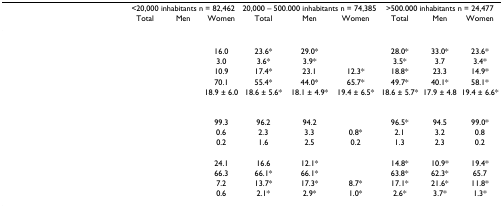
<table><thead><tr><td>[EMPTY_CELL]</td><td colspan="3"><b>&lt;20,000 inhabitants n = 82,462</b></td><td colspan="3"><b>20,000 – 500.000 inhabitants n = 74,385</b></td><td colspan="3"><b>&gt;500.000 inhabitants n = 24,477</b></td></tr><tr><td>[EMPTY_CELL]</td><td><b>Total</b></td><td><b>Men</b></td><td><b>Women</b></td><td><b>Total</b></td><td><b>Men</b></td><td><b>Women</b></td><td><b>Total</b></td><td><b>Men</b></td><td><b>Women</b></td></tr></thead><tbody><tr><td>[EMPTY_CELL]</td><td>[EMPTY_CELL]</td><td>[EMPTY_CELL]</td><td>[EMPTY_CELL]</td><td>[EMPTY_CELL]</td><td>[EMPTY_CELL]</td><td>[EMPTY_CELL]</td><td>[EMPTY_CELL]</td><td>[EMPTY_CELL]</td><td>[EMPTY_CELL]</td></tr><tr><td>[EMPTY_CELL]</td><td>[EMPTY_CELL]</td><td>[EMPTY_CELL]</td><td>16.0</td><td>23.6*</td><td>29.0*</td><td>[EMPTY_CELL]</td><td>28.0*</td><td>33.0*</td><td>23.6*</td></tr><tr><td>[EMPTY_CELL]</td><td>[EMPTY_CELL]</td><td>[EMPTY_CELL]</td><td>3.0</td><td>3.6*</td><td>3.9*</td><td>[EMPTY_CELL]</td><td>3.5*</td><td>3.7</td><td>3.4*</td></tr><tr><td>[EMPTY_CELL]</td><td>[EMPTY_CELL]</td><td>[EMPTY_CELL]</td><td>10.9</td><td>17.4*</td><td>23.1</td><td>12.3*</td><td>18.8*</td><td>23.3</td><td>14.9*</td></tr><tr><td>[EMPTY_CELL]</td><td>[EMPTY_CELL]</td><td>[EMPTY_CELL]</td><td>70.1</td><td>55.4*</td><td>44.0*</td><td>65.7*</td><td>49.7*</td><td>40.1*</td><td>58.1*</td></tr><tr><td>[EMPTY_CELL]</td><td>[EMPTY_CELL]</td><td>[EMPTY_CELL]</td><td>18.9 ± 6.0</td><td>18.6 ± 5.6*</td><td>18.1 ± 4.9*</td><td>19.4 ± 6.5*</td><td>18.6 ± 5.7*</td><td>17.9 ± 4.8</td><td>19.4 ± 6.6*</td></tr><tr><td>[EMPTY_CELL]</td><td>[EMPTY_CELL]</td><td>[EMPTY_CELL]</td><td>[EMPTY_CELL]</td><td>[EMPTY_CELL]</td><td>[EMPTY_CELL]</td><td>[EMPTY_CELL]</td><td>[EMPTY_CELL]</td><td>[EMPTY_CELL]</td><td>[EMPTY_CELL]</td></tr><tr><td>[EMPTY_CELL]</td><td>[EMPTY_CELL]</td><td>[EMPTY_CELL]</td><td>99.3</td><td>96.2</td><td>94.2</td><td>[EMPTY_CELL]</td><td>96.5*</td><td>94.5</td><td>99.0*</td></tr><tr><td>[EMPTY_CELL]</td><td>[EMPTY_CELL]</td><td>[EMPTY_CELL]</td><td>0.6</td><td>2.3</td><td>3.3</td><td>0.8*</td><td>2.1</td><td>3.2</td><td>0.8</td></tr><tr><td>[EMPTY_CELL]</td><td>[EMPTY_CELL]</td><td>[EMPTY_CELL]</td><td>0.2</td><td>1.6</td><td>2.5</td><td>0.2</td><td>1.3</td><td>2.3</td><td>0.2</td></tr><tr><td>[EMPTY_CELL]</td><td>[EMPTY_CELL]</td><td>[EMPTY_CELL]</td><td>[EMPTY_CELL]</td><td>[EMPTY_CELL]</td><td>[EMPTY_CELL]</td><td>[EMPTY_CELL]</td><td>[EMPTY_CELL]</td><td>[EMPTY_CELL]</td><td>[EMPTY_CELL]</td></tr><tr><td>[EMPTY_CELL]</td><td>[EMPTY_CELL]</td><td>[EMPTY_CELL]</td><td>24.1</td><td>16.6</td><td>12.1*</td><td>[EMPTY_CELL]</td><td>14.8*</td><td>10.9*</td><td>19.4*</td></tr><tr><td>[EMPTY_CELL]</td><td>[EMPTY_CELL]</td><td>[EMPTY_CELL]</td><td>66.3</td><td>66.1*</td><td>66.1*</td><td>[EMPTY_CELL]</td><td>63.8*</td><td>62.3*</td><td>65.7</td></tr><tr><td>[EMPTY_CELL]</td><td>[EMPTY_CELL]</td><td>[EMPTY_CELL]</td><td>7.2</td><td>13.7*</td><td>17.3*</td><td>8.7*</td><td>17.1*</td><td>21.6*</td><td>11.8*</td></tr><tr><td>[EMPTY_CELL]</td><td>[EMPTY_CELL]</td><td>[EMPTY_CELL]</td><td>0.6</td><td>2.1*</td><td>2.9*</td><td>1.0*</td><td>2.6*</td><td>3.7*</td><td>1.3*</td></tr></tbody></table>